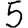
Digit: 5